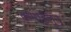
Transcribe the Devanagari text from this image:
कमाईतून